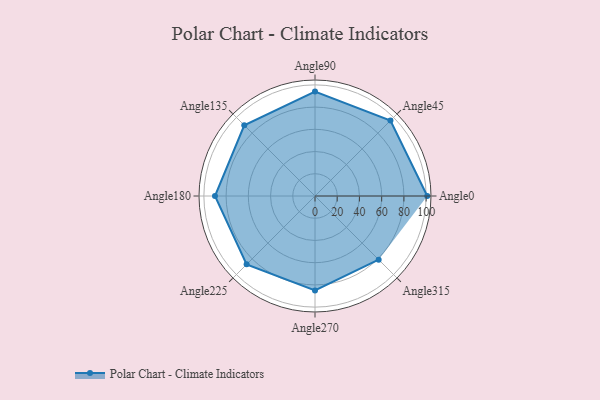
{"axis": {"x": "Angle", "y": "Radius"}, "legend": [""], "data": [{"x": "Angle0", "y": 101.0, "type": ""}, {"x": "Angle45", "y": 96.0, "type": ""}, {"x": "Angle90", "y": 94.0, "type": ""}, {"x": "Angle135", "y": 90.0, "type": ""}, {"x": "Angle180", "y": 90.0, "type": ""}, {"x": "Angle225", "y": 87.0, "type": ""}, {"x": "Angle270", "y": 85.0, "type": ""}, {"x": "Angle315", "y": 81.0, "type": ""}]}